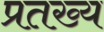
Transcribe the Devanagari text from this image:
प्रतख्य